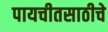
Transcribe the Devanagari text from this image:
पायचीतसाठीचे